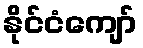
နိုင်ငံကျော်